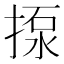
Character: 揼